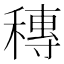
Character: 𥡵